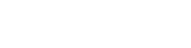
ကမ္ဘာအေးဘုရားလမ်း